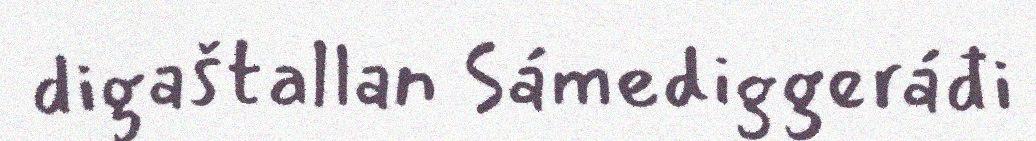
digaštallan Sámediggeráđi